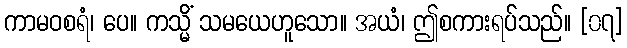
ကာမဝစရံ၊ ပေ။ ကသ္မိံ သမယေဟူသော။ အယံ၊ ဤစကားရပ်သည်။ [၀၇]